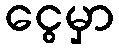
ငွေမှာ